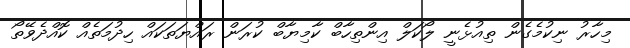
މިހާރު ނިކުމެގެން ތިއުޅެނީ ލޯކަލް އިންތިހާބް ކާމިޔާބް ކުރަން ރައްޔަތަކައް ހިދުމަތެއް ކޮއްދެވޭތޯ